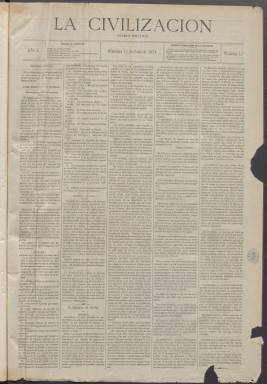
Título: La Civilización (Madrid. 1874)
Colección: Periódicos
Ámbito geográfico: Madrid
Lugar de publicación: Madrid
Fechas: 01/07/1874-30/12/1874